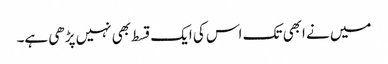
میں نے ابھی تک اس کی ایک قسط بھی نہیں پڑھی ہے۔